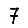
Digit: 7